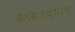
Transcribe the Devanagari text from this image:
केंब्रिजच्याच